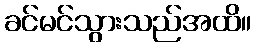
ခင်မင်သွားသည်အထိ။